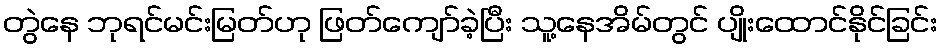
တွဲနေ ဘုရင်မင်းမြတ်ဟု ဖြတ်ကျော်ခဲ့ပြီး သူ့နေအိမ်တွင် ပျိုးထောင်နိုင်ခြင်း